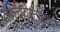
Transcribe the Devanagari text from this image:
तत्त्ववेत्त्यावर